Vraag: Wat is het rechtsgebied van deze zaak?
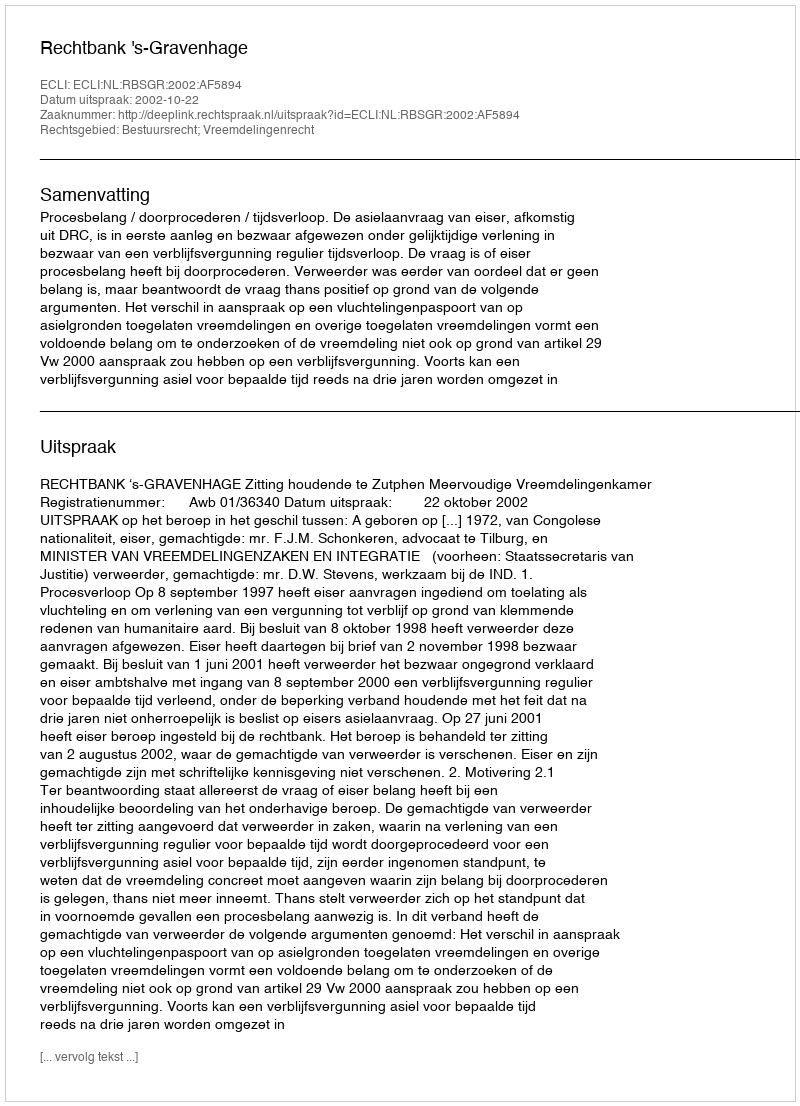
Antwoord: Bestuursrecht; Vreemdelingenrecht